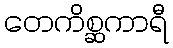
တေကိစ္ဆကာရီ